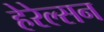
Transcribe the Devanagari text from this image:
हेरेल्सन